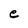
Character: e